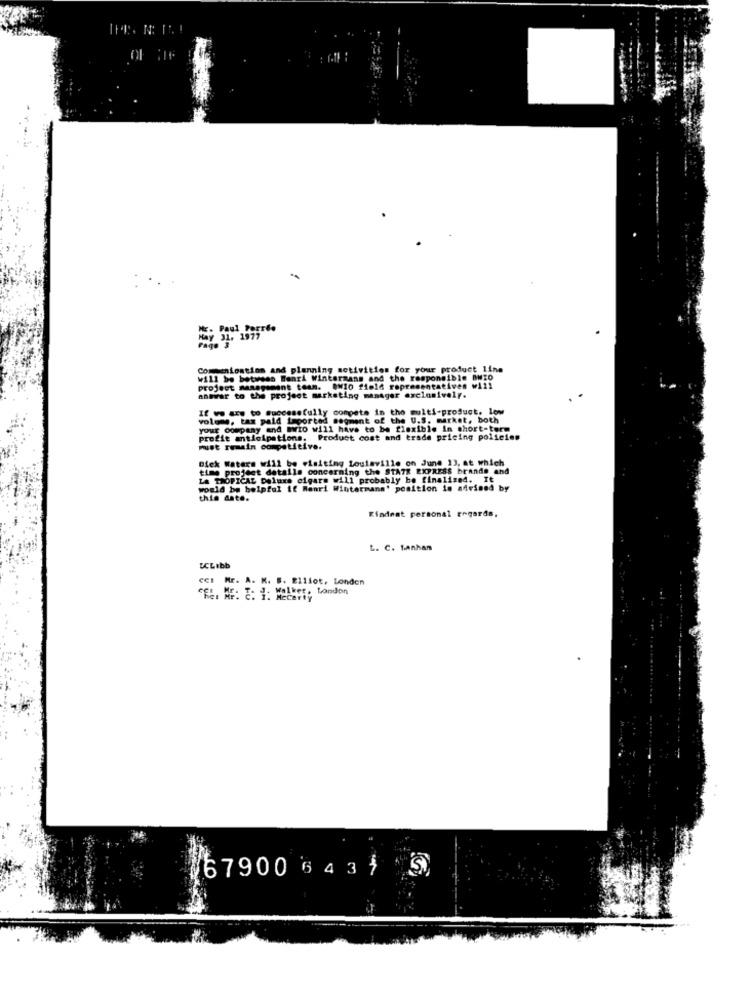
-
Paul Perreo
May 31. 1977
Commentontion and planning activities for your product line
will be between Benri Wintermans and the responsible BWZO
project management team. ONI0 field representatives will
answer to the project marketing manager exclusively.
If we are to Successfully compete in the multi-product, low
volume, tam paid imported segment of the U.S. market, both
your company and Brio will have to be flexible in short-term
profit anticipations. Product cost and trade pricing policies
must remain competitive.
Gick Waters will be visiting Louisville on June 13, at which
time projdet detalle concerning the STA7X EXPRESS brands and
LA TROPICAL Deluxe cigars will probably be finalized. It
would be belpfal if Manri Wintermans' position is afrined by
this date.
Kindnat personal regards,
L. C. tanhan
WLIbb
CCI Mr. A. K. S. Elliot, London
. Walker, London
Fe. AF: C. I. Mccarty
(67900 64315